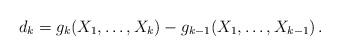
LaTeX: \begin{align*}d_k=g_k(X_1, \ldots, X_k)-g_{k-1}(X_1, \ldots, X_{k-1})\, .\end{align*}